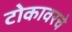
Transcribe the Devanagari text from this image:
टोकावरचे